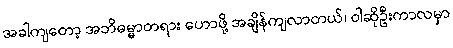
အခါကျတော့ အဘိဓမ္မာတရား ဟောဖို့ အချိန်ကျလာတယ်၊ ဝါဆိုဦးကာလမှာ